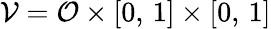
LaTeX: \mathcal{V}=\mathcal{O}\times[0,\, 1]\times[0,\, 1]